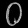
Digit: ၀